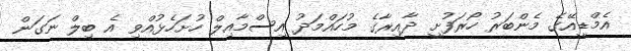
އެމްޑީއޭގެ މެންބަރު ހޯރަފުށީ ދާއިރާގެ މުހައްމަދު އިސްމާއިލް ހުށަހެޅުއްވި އެ ބިލް ނަގަން